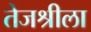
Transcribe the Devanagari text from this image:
तेजश्रीला